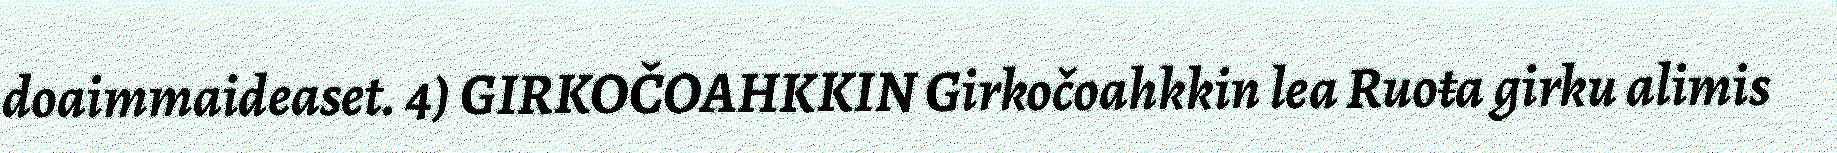
doaimmaideaset. 4) GIRKOČOAHKKIN Girkočoahkkin lea Ruoŧa girku alimis